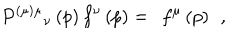
LaTeX: P ^ { ( \mu ) \mu } { } _ { \nu } \left( p \right) f ^ { \nu } \left( p \right) = \; \, f ^ { \mu } \left( p \right) \; \, ,